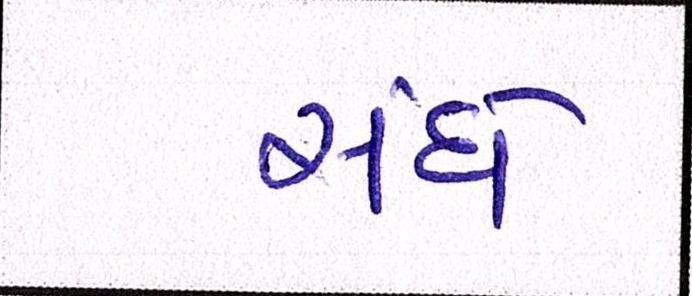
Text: સંઘે